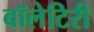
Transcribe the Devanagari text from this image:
बॉलेटिरी